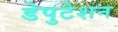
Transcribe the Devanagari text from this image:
डेपुटेशन